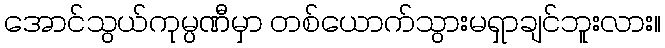
အောင်သွယ်ကုမ္ပဏီမှာ တစ်ယောက်သွားမရှာချင်ဘူးလား။